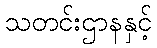
သတင်းဌာနနှင့်